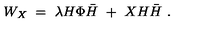
W _ { X } \ = \ \lambda H \Phi { \bar { H } } \ + \ X H { \bar { H } } \ .